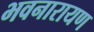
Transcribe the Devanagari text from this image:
भवनारायण